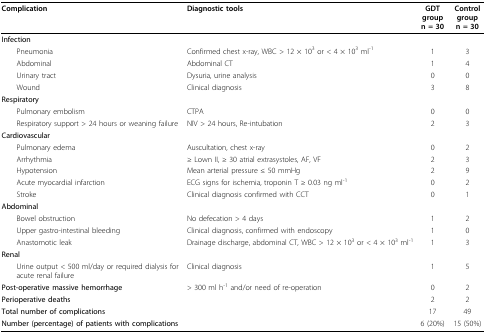
| Complication | Diagnostic tools | GDT groupn = 30 | Control groupn = 30 |
 | --- | --- | --- | --- |
 | Infection |  |  |  |
 | Pneumonia | Confirmed chest x-ray, WBC > 12 × 103 or < 4 × 103 ml-1 | 1 | 3 |
 | Abdominal | Abdominal CT | 1 | 4 |
 | Urinary tract | Dysuria, urine analysis | 0 | 0 |
 | Wound | Clinical diagnosis | 3 | 8 |
 | Respiratory |  |  |  |
 | Pulmonary embolism | CTPA | 0 | 0 |
 | Respiratory support > 24 hours or weaning failure | NIV > 24 hours, Re-intubation | 2 | 3 |
 | Cardiovascular |  |  |  |
 | Pulmonary edema | Auscultation, chest x-ray | 0 | 2 |
 | Arrhythmia | ≥ Lown II, ≥ 30 atrial extrasystoles, AF, VF | 2 | 3 |
 | Hypotension | Mean arterial pressure ≤ 50 mmHg | 2 | 9 |
 | Acute myocardial infarction | ECG signs for ischemia, troponin T ≥ 0.03 ng ml-1 | 0 | 2 |
 | Stroke | Clinical diagnosis confirmed with CCT | 0 | 1 |
 | Abdominal |  |  |  |
 | Bowel obstruction | No defecation > 4 days | 1 | 2 |
 | Upper gastro-intestinal bleeding | Clinical diagnosis, confirmed with endoscopy | 1 | 0 |
 | Anastomotic leak | Drainage discharge, abdominal CT, WBC > 12 × 103 or < 4 × 103 ml-1 | 1 | 3 |
 | Renal |  |  |  |
 | Urine output < 500 ml/day or required dialysis for acute renal failure | Clinical diagnosis | 1 | 5 |
 | Post-operative massive hemorrhage | > 300 ml h-1 and/or need of re-operation | 0 | 2 |
 | Perioperative deaths |  | 2 | 2 |
 | Total number of complications |  | 17 | 49 |
 | Number (percentage) of patients with complications |  | 6 (20%) | 15 (50%) |